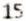
15